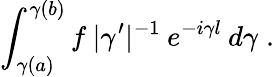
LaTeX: \int_{\gamma(a)}^{\gamma(b)}f\: |\gamma^{\prime}|^{-1}\: e^{-i\gamma l}\: d\gamma\; .